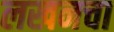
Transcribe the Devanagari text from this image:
लखनचा